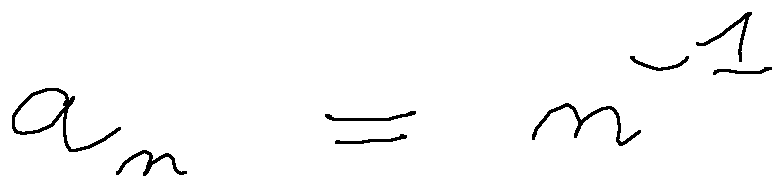
a _ { n } = n ^ { - 1 }